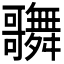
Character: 𪢦